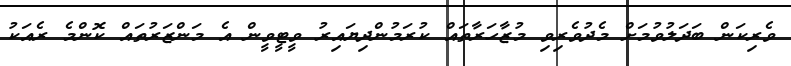
ވެރިކަން ބަދަލުވުމަށް މެދުވެރިވި މުޒާހަރާތައް ކުރަމުންދިޔައިރު ވީޓީވީން އެ މަންޒަރުތައް ކޮންމެ ރެއަކު